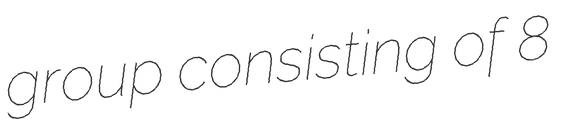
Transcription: group consisting of 8